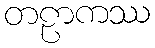
တဠာကဿ